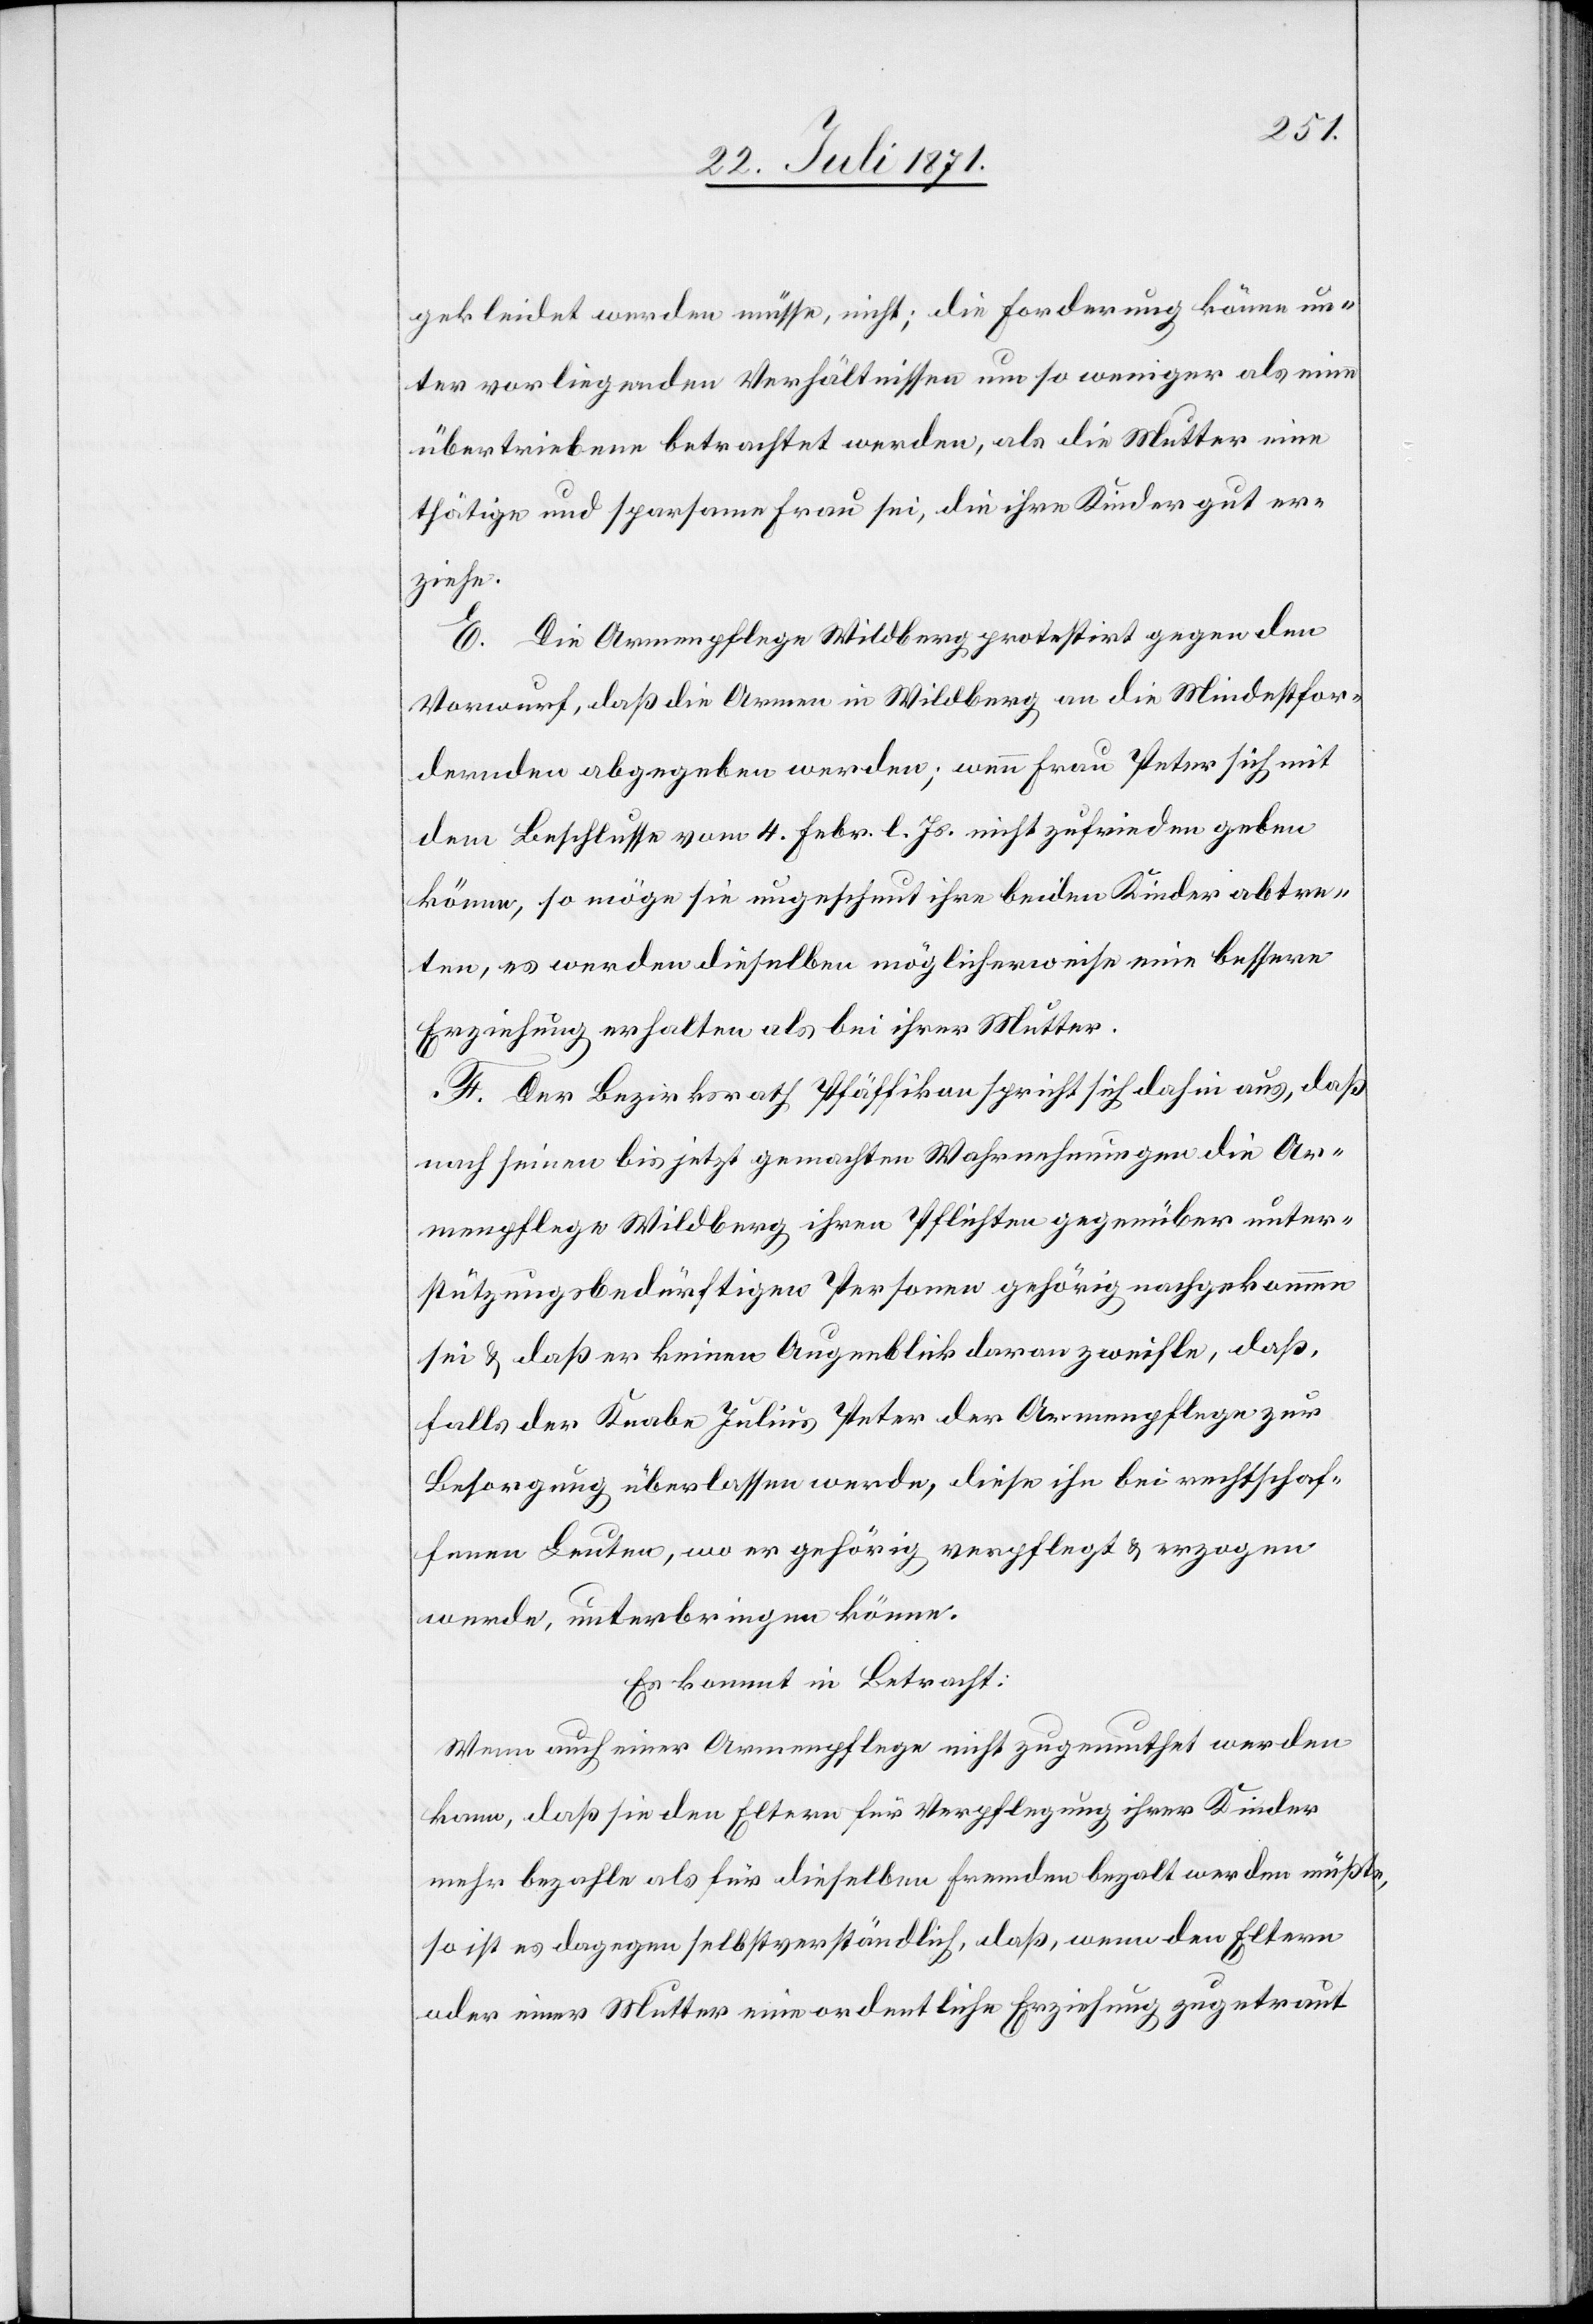
gekleidet werden müsse, nicht; die Forderung könne un¬
ter vorliegenden Verhältnissen um so weniger als eine
übertriebene betrachtet werden, als die Mutter eine
thätige und sparsame Frau sei, die ihre Kinder gut er¬
ziehe.
E. Die Armenpflege Wildberg protestirt gegen den
Vorwurf, daß die Armen in Wildberg an die Mindestfor¬
dernden abgegeben werden; wenn Frau Peter sich mit
dem Beschlusse vom 4. Febr. l. Js. nicht zufrieden geben
könne, so möge sie ungescheut ihre beiden Kinder abtre¬
ten, es werden dieselben möglicherweise eine bessere
Erziehung erhalten als bei ihrer Mutter.
F. Der Bezirksrath Pfäffikon spricht sich dahin aus, daß
nach seinen bis jetzt gemachten Wahrnehmungen die Ar¬
menpflege Wildberg ihren Pflichten gegenüber unter¬
stützungsbedürftigen Personen gehörig nachgekommen
sei u. daß er keinen Augenblick daran zweifle, daß,
falls der Knabe Julius Peter der Armenpflege zur
Besorgung überlassen werde, diese ihn bei rechtschaf¬
fenen Leuten, wo er gehörig verpflegt u. erzogen
werde, unterbringen könne.
Es kommt in Betracht:
Wenn auch einer Armenpflege nicht zugemuthet werden
kann, daß sie den Eltern für Verpflegung ihrer Kinder
mehr bezahle als für dieselben Fremden bezalt werden müßte,
so ist es dagegen selbstverständlich, daß, wenn den Eltern
oder einer Mutter eine ordentliche Erziehung zugetraut